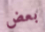
بعض